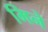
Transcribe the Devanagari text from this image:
मिने